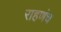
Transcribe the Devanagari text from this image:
राहणंच